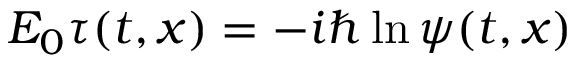
E _ { 0 } \tau ( t , x ) = - i \hbar \ln \psi ( t , x )